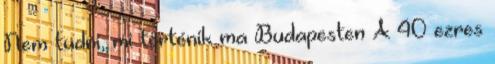
Nem tudni, mi történik ma Budapesten A 40 ezres